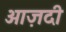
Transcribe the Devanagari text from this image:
आज़दी